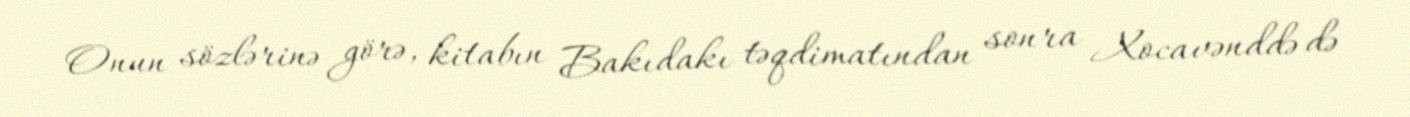
Onun sözlərinə görə, kitabın Bakıdakı təqdimatından sonra Xocavənddə də